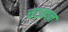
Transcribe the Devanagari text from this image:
चटखन